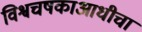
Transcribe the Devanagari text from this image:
विश्वचषकाआधीचा